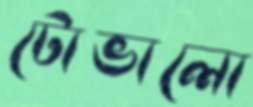
টোভালো